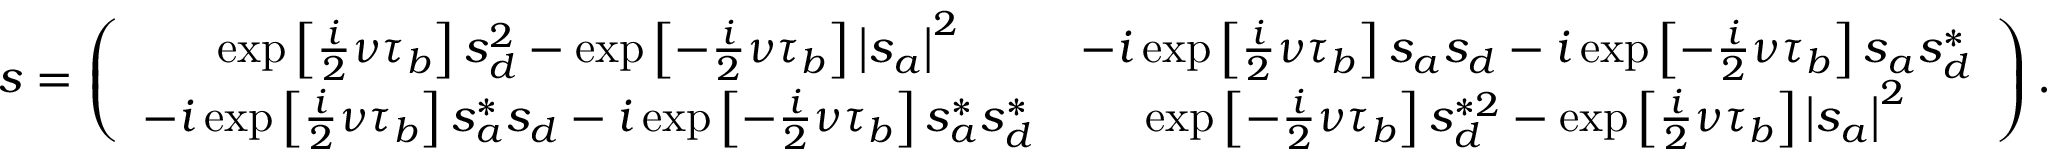
s = \left( \begin{array} { c c } { \exp \left[ \frac { i } { 2 } \nu \tau _ { b } \right] s _ { d } ^ { 2 } - \exp \left[ - \frac { i } { 2 } \nu \tau _ { b } \right] \left\vert s _ { a } \right\vert ^ { 2 } } & { - i \exp \left[ \frac { i } { 2 } \nu \tau _ { b } \right] s _ { a } s _ { d } - i \exp \left[ - \frac { i } { 2 } \nu \tau _ { b } \right] s _ { a } s _ { d } ^ { \ast } } \\ { - i \exp \left[ \frac { i } { 2 } \nu \tau _ { b } \right] s _ { a } ^ { \ast } s _ { d } - i \exp \left[ - \frac { i } { 2 } \nu \tau _ { b } \right] s _ { a } ^ { \ast } s _ { d } ^ { \ast } } & { \exp \left[ - \frac { i } { 2 } \nu \tau _ { b } \right] s _ { d } ^ { \ast 2 } - \exp \left[ \frac { i } { 2 } \nu \tau _ { b } \right] \left\vert s _ { a } \right\vert ^ { 2 } } \end{array} \right) .